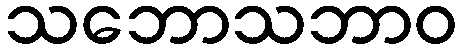
သဘောသဘာဝ